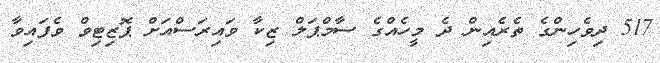
517 ދިވެހިންގެ ތެރެއިން ދެ މީހެއްގެ ސާމްޕަލް ޒިކާ ވައިރަސްއަށް ޕޮޒިޓިވް ވެފައިވާ